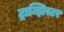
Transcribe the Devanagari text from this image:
ट्रान्झिस्टर